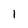
Character: l